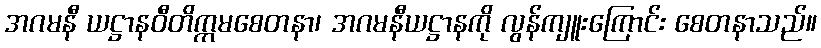
အဂမနီ ယဋ္ဌာနဝီတိက္ကမစေတနာ၊ အဂမနီယဋ္ဌာနကို လွန်ကျူးကြောင်း စေတနာသည်။